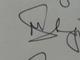
Signature authenticity: genuine